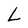
Character: L